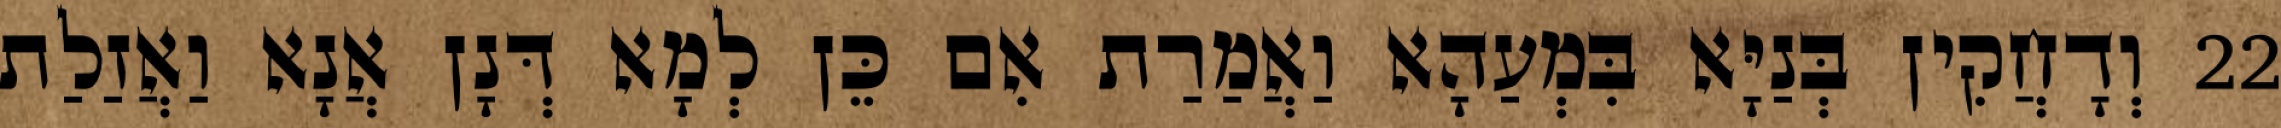
22 וְדָחֲקִין בְּנַיָּא בִּמְעַהָא וַאֲמַרַת אִם כֵּן לְמָא דְּנָן אֲנָא וַאֲזַלַת